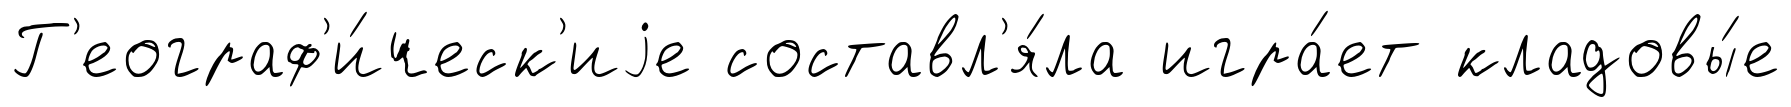
Г'еограф'и́ческ'иjе составл'я́ла игра́ет кладовы́е